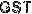
GST